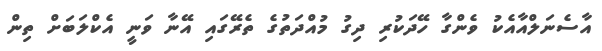
އާސެނަލްއާއެކު ވެންގާ ހޭދަކުރި ދިގު މުއްދަތުގެ ތެރޭގައި އޭނާ ވަނީ އެކްލަބަށް ތިން